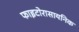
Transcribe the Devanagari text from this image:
फाइटोरासायनिक